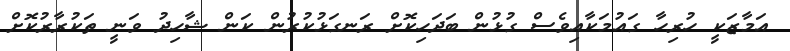
އަމާޒަކީ ހުރިހާ ގައުމަކާއިވެސް ގުޅުން ބަދަހިކޮށް ރަނގަޅުކުރުން ކަން ޝާހިދު ވަނީ ތަކުރާރުކޮށް